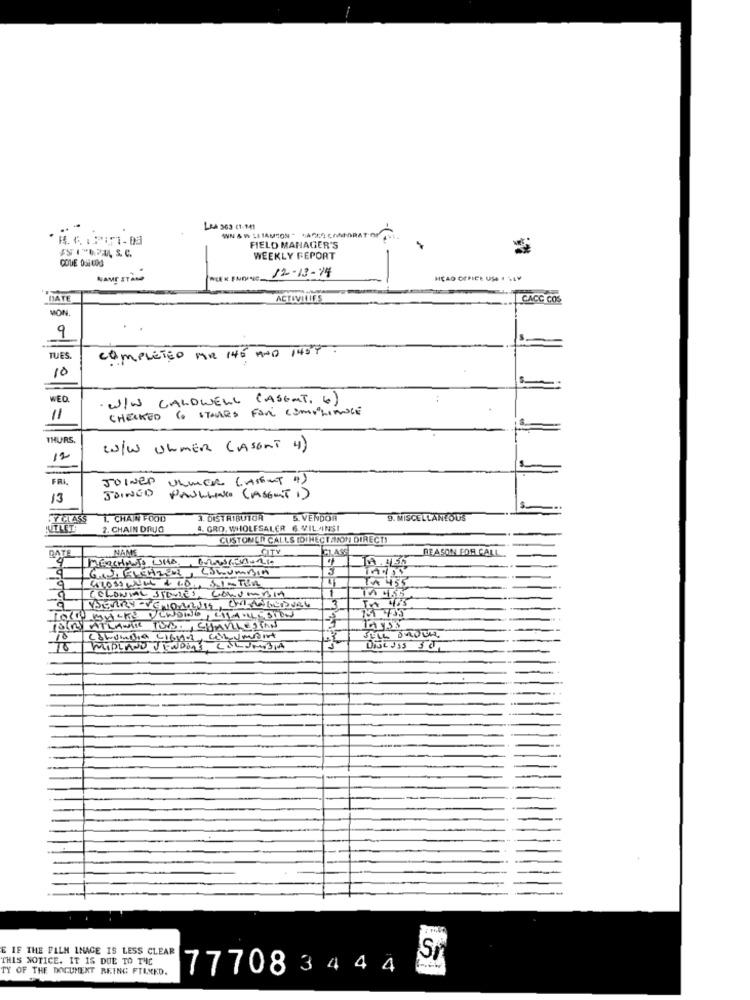
LAA 363 (1-141
$ 1 "ORA, S. C.
FIELD MANAGER'S
COUE OSEUD
WEEKLY REPORT
NAME STAND
12-13-14
DATE
ACTIVITIES
CACC COS
MON
9
COMPLETED MR 146 AND 1434 -
TUES.
10
WED
· W/W CALDWELL (ASENT. 6)
CHECKED 6 STAVLES FOR COMPLIANCE
11
THURS
W/w ULMER (ASENT 4)
12
FRI
JOINED
ULMER (Asset 4)
JOINED
13
PAULLINGO (ASENT 1)
FYCLASS
1. CHAIN FOOD
3. DISTRIBUTOR
5. VENDOR
9. MISCELLANEOUS
MITLET
2. CHAIN DRUG
4. GRO. WHOLESALER 6 VIL AINSI
CUSTOMER CALLS [DI NÉCTASON DIRECT!
DATE
NAME
CITY
REASON FOR CALL
4
MERCHMOTO UHA
9
GIJ, FLEHZER, COLUMBIA
₾A 455
1
COLONIAL STORIES, COLUMBIA
SORRY- VENDARUIS, ENINTERVAL
10
Cordialia LIGna, convarit
MIDLAND VENDORS, COLUMBIA
E IF THE FILM INAGE IS LESS CLEAR
THIS NOTICE. IT IS DUE TO THE
TY OF THE DOCUMENT BEING FILMED.
77708 3 4 4 4